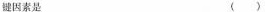
键因素是（）